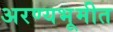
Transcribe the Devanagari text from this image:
अरण्यभूमीत